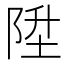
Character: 陞